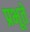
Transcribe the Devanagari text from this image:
प्रभूते